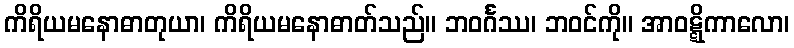
ကိရိယမနောဓာတုယာ၊ ကိရိယမနောဓာတ်သည်။ ဘဝင်္ဂဿ၊ ဘဝင်ကို။ အာဝဋ္ဋိကာလော၊